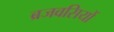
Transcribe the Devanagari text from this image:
ब्रजवसियों